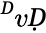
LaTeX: ^ḊvḌ